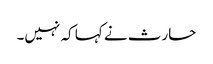
حارث نے کہا کہ نہیں۔